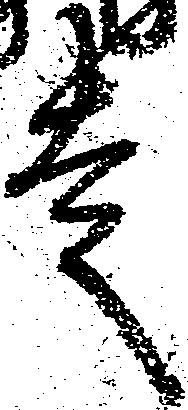
走